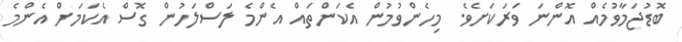
ބޮޑުޖަމާވުމެއް އޮންނަ ވަރަކަށެވެ. މިހެންވުމުން އެކަންތައް އެންމެ ލަސްލަހުން ގޮސް އެކަމަށް އެންމެ